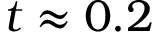
t \approx 0 . 2